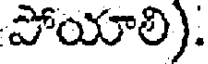
పోయాలి).